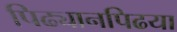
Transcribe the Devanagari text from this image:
पिढ्यानपिढया